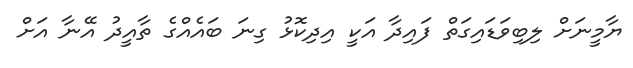
ޔާމީނަށް ލިބިވަޑައިގަތް ފައިދާ އަކީ އިދިކޮޅު ގިނަ ބައެއްގެ ތާއީދު އޭނާ އަށް